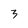
Character: 3